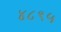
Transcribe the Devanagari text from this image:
४८९५